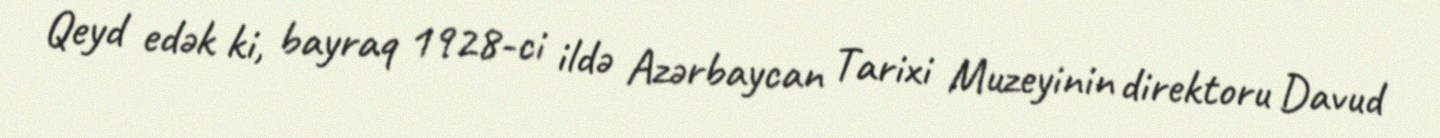
Qeyd edək ki, bayraq 1928-ci ildə Azərbaycan Tarixi Muzeyinin direktoru Davud